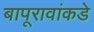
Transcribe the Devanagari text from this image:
बापूरावांकडे